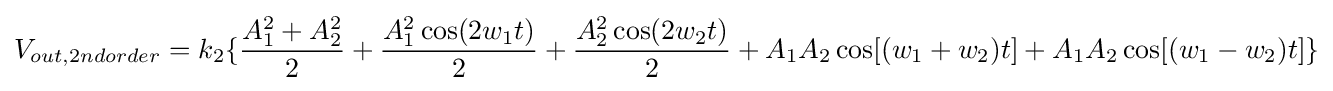
V_{out,2ndorder}=k_{2}\{{\frac {A_{1}^{2}+A_{2}^{2}}{2}}+{\frac {A_{1}^{2}\cos(2w_{1}t)}{2}}+{\frac {A_{2}^{2}\cos(2w_{2}t)}{2}}+A_{1}A_{2}\cos[(w_{1}+w_{2})t]+A_{1}A_{2}\cos[(w_{1}-w_{2})t]\}